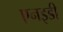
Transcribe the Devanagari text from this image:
एनइडी